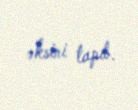
əksini tapıb.